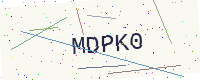
Text: MDPK0